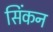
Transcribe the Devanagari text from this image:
सिंकन